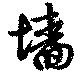
墻